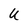
Character: U